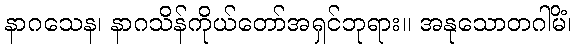
နာဂသေန၊ နာဂသိန်ကိုယ်တော်အရှင်ဘုရား။ အနုသောတဂါမိံ၊